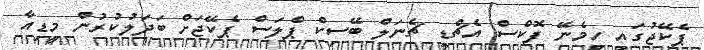
ޕެކޭޖުގައި ހިމެނޭ ފޮކްސް އެޗްޑީ ޗެނަލް ބޭސިކް ޕްލަސް ޕެކޭޖަށް ބަދަލުކުރުން މީޑިއާ